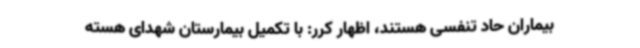
بیماران حاد تنفسی هستند، اظهار کرر: با تکمیل بیمارستان شهدای هسته